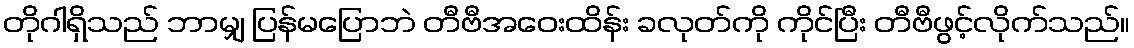
တိုဂါရှိသည် ဘာမျှ ပြန်မပြောဘဲ တီဗီအဝေးထိန်း ခလုတ်ကို ကိုင်ပြီး တီဗီဖွင့်လိုက်သည်။